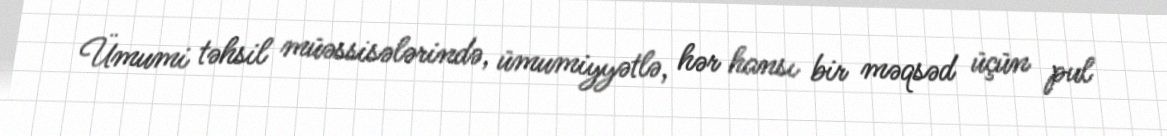
Ümumi təhsil müəssisələrində, ümumiyyətlə, hər hansı bir məqsəd üçün pul